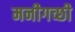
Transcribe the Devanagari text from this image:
मनीगच्छी